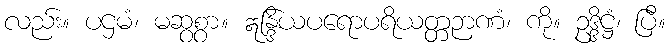
လည်း။ ပဌမံ၊ မဆွစွာ။ ဣန္ဒြိယပရောပရိယတ္တဉာဏံ၊ ကို။ ဥဒ္ဒိဋ္ဌံ၊ ပြီ။